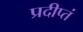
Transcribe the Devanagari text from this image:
प्रदीप्तं